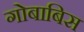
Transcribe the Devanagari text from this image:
गोबाबिस